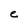
Character: e